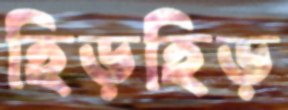
হিড়হিড়